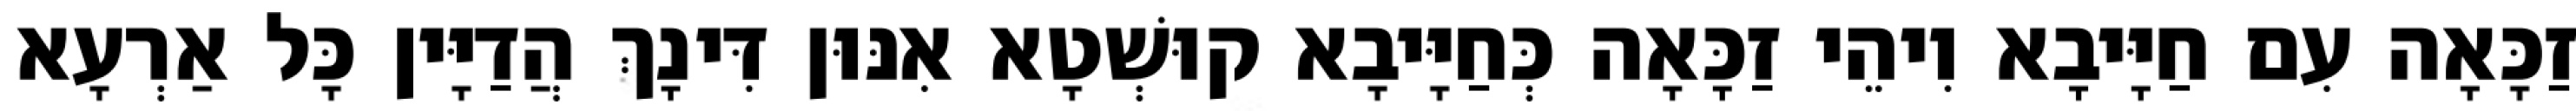
זַכָּאָה עִם חַיָּיבָא וִיהֵי זַכָּאָה כְּחַיָּיבָא קוּשְׁטָא אִנּוּן דִּינָךְ הֲדַיָּין כָּל אַרְעָא